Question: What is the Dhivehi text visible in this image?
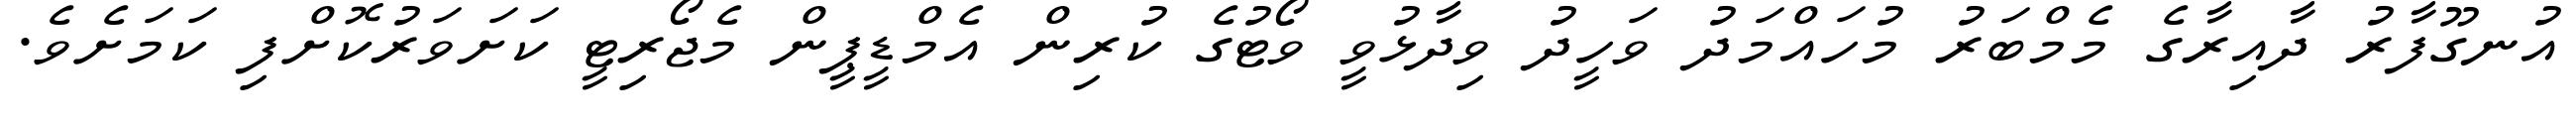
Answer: އުނގޫފާރު ދާއިރާގެ މެމްބަރު މުހައްމަދު ވަހީދު ވިދާޅުވީ ވޯޓުގެ ކުރިން އެމްޑީޕީން މެޖޯރިޓީ ކަށަވަރުކޮށްފި ކަމަށެވެ.